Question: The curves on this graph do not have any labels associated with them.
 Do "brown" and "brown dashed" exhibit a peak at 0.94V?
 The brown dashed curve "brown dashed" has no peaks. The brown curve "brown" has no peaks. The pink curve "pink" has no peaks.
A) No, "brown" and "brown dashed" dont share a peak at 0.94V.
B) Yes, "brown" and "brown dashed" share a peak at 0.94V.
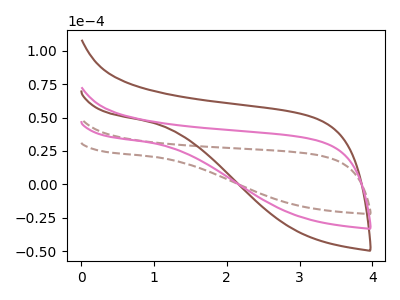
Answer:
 <answer>A) No, "brown" and "brown dashed" dont share a peak at 0.94V.</answer>
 <eval>A</eval>